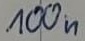
Text: 100n